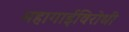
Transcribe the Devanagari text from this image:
महागाईविरोधी